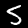
Label: 5